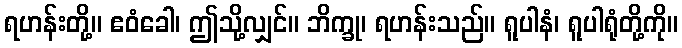
ရဟန်းတို့။ ဧဝံခေါ၊ ဤသို့လျှင်။ ဘိက္ခု၊ ရဟန်းသည်။ ရူပါနံ၊ ရူပါရုံတို့ကို။